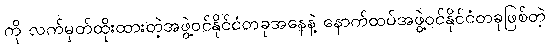
ကို လက်မှတ်ထိုးထားတဲ့အဖွဲ့ဝင်နိုင်ငံတခုအနေနဲ့ နောက်ထပ်အဖွဲ့ဝင်နိုင်ငံတခုဖြစ်တဲ့